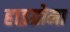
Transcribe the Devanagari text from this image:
हाइग्रोमा